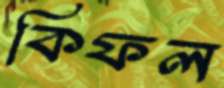
কিফল